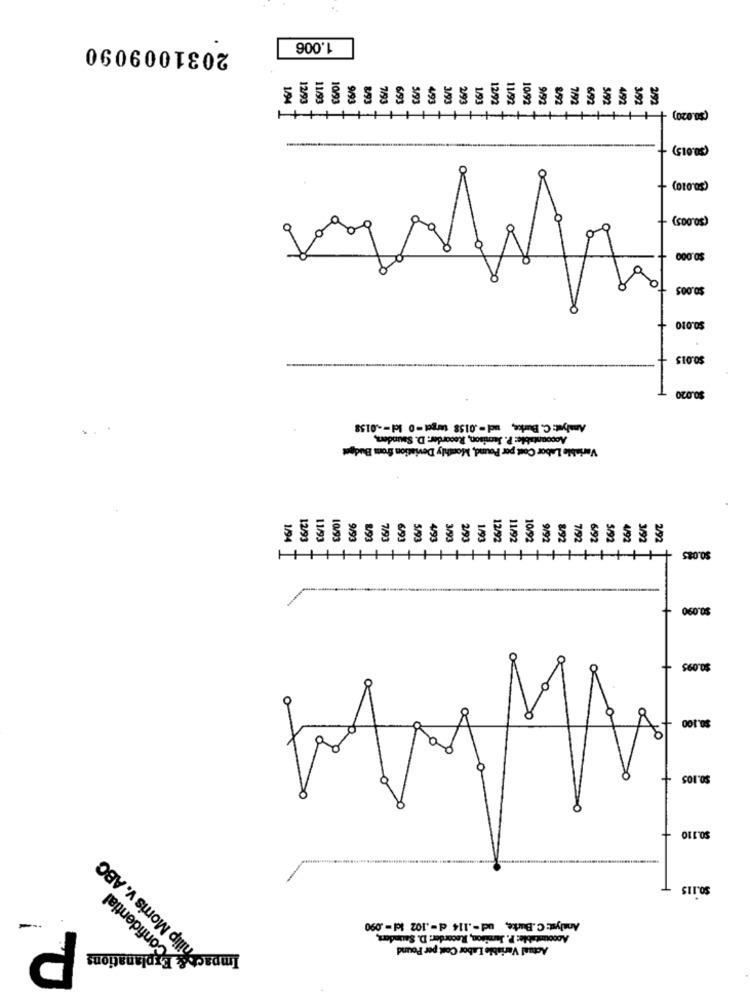
2031009090
1.006
5/93
3/93
2/93
(30.020) -
(30.010)
(50.005)
$0.000
$0.005
$0.010
$0.015
$0.020
Amelyet: C. Burke, uc -. 0158 target = 0 kcl -- 0158
Accountable: P. Jamison, Recorder: D. Saunders,
Variable Labor Cost per Pound, Monthly Deviation from Budget
EGIL
3/9
7/9
6/9
S/9
3/9
10/92
919
4/92
$0.085
$0.090
$0.095
$0.100
$0.105
$0.110
Philip Morris v. ABC
$0.115
Confidential
Analyst: C.Burke, ud -. 114 d -. 102 1dl -. 090
--
P
Accountable: P. Jamison, Recorder: D. Saunders,
Actual Variable Labor Cost per Pound
Impact & Explanations